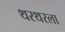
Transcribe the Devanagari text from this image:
थरथरला